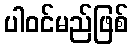
ပါဝင်မည်ဖြစ်